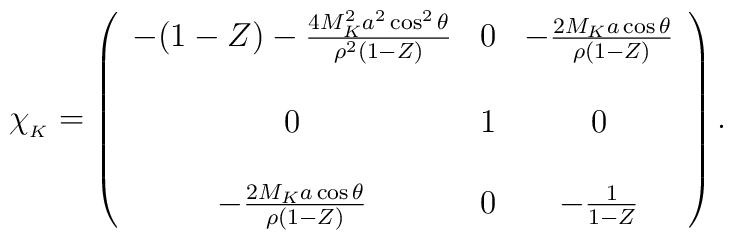
\chi_{_K} = \left(\begin{array}{ccc}-(1-Z)-{4M_K^2a^2\cos^2\theta\over\rho^2(1-Z)} & 0 & -{2M_Ka\cos\theta\over\rho(1-Z)}\\ & & \\0 & 1 & 0 \\ & & \\-{2M_Ka\cos\theta\over\rho (1-Z)} & 0 & -{1\over 1-Z}\end{array}\right).